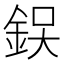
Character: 𨦚